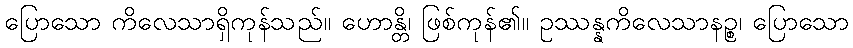
ပြောသော ကိလေသာရှိကုန်သည်။ ဟောန္တိ၊ ဖြစ်ကုန်၏။ ဥဿန္နကိလေသာနဉ္စ၊ ပြောသော